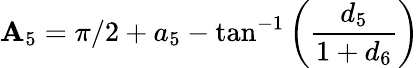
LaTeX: {\mathbf{A}_{5}}=\pi/2+{a_{5}}-\tan^{-1}\left(\frac{{d_{5}}}{{1+d_{6}}}\right)